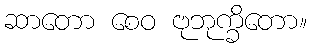
ဆာတော စေဝ ဗုဘုက္ခိတော။